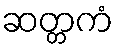
ဆတ္တကံ